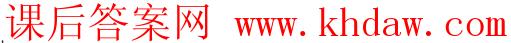
课后答案网 www.khdaw.com